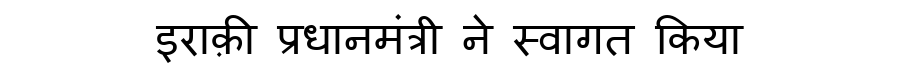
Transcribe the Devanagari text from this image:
इराक़ी प्रधानमंत्री ने स्वागत किया